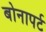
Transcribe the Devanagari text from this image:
बोनापर्ट